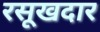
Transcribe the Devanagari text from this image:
रसूखदार